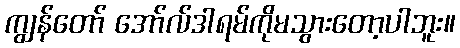
ကျွန်တော် အော်လ်ဒါရမ်ကိုမသွားတော့ပါဘူး။